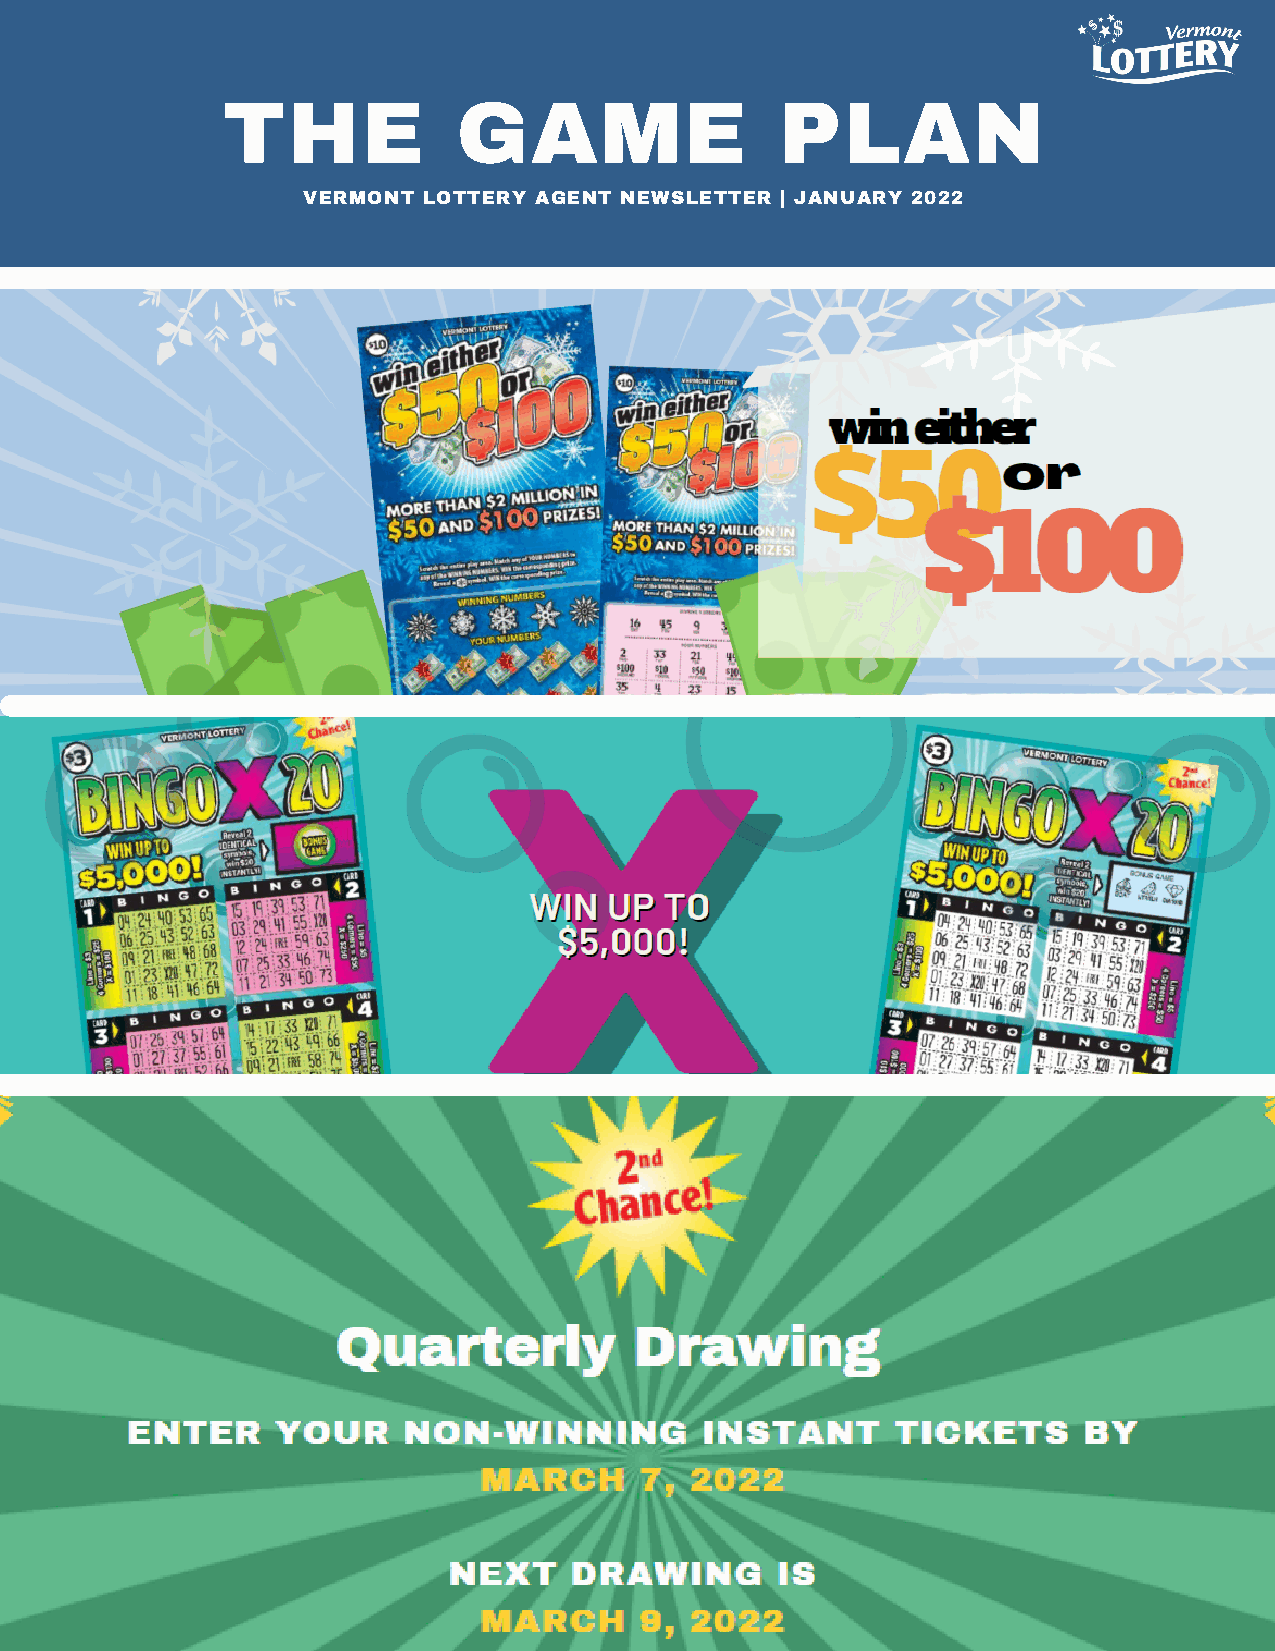
THE            GAME                  PLAN
 VERMONT LOTTERY AGENT NEWSLETTER | JANUARY 2022